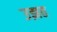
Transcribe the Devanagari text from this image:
उझत